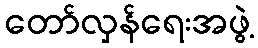
တော်လှန်ရေးအဖွဲ့